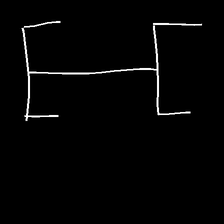
Glyph: entwine